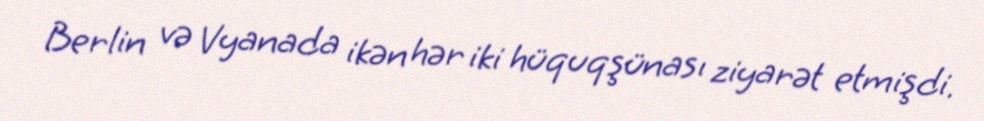
Berlin və Vyanada ikən hər iki hüquqşünası ziyarət etmişdi.